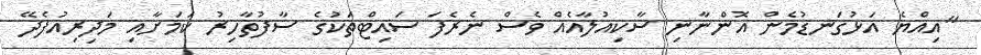
"އިއްޔެ އަޅުގަނޑުމެން އޮންނާނި ސާކިއުލާއެއް ވެސް ނެރެފަ ސައިޓްތަކުގެ ސާފުތާހިރު ކަމަށާއި މަދިރިއުފެދޭ